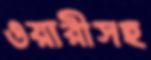
ওয়ারীসহ